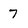
Character: 7